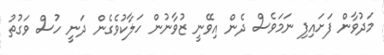
މަދުވާން ފަށައިފި ނަމަވެސް ދެން އިވޭނީ ޒުވާނުން ހަލާކުވެގެން ދަނީ ހުސް ވަގުތު